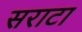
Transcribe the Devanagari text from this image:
सराटा